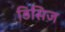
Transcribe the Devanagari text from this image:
डिसिज